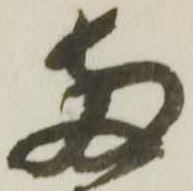
両